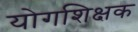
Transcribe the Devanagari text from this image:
योगशिक्षक